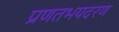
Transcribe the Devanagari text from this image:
प्रणतभयदरण